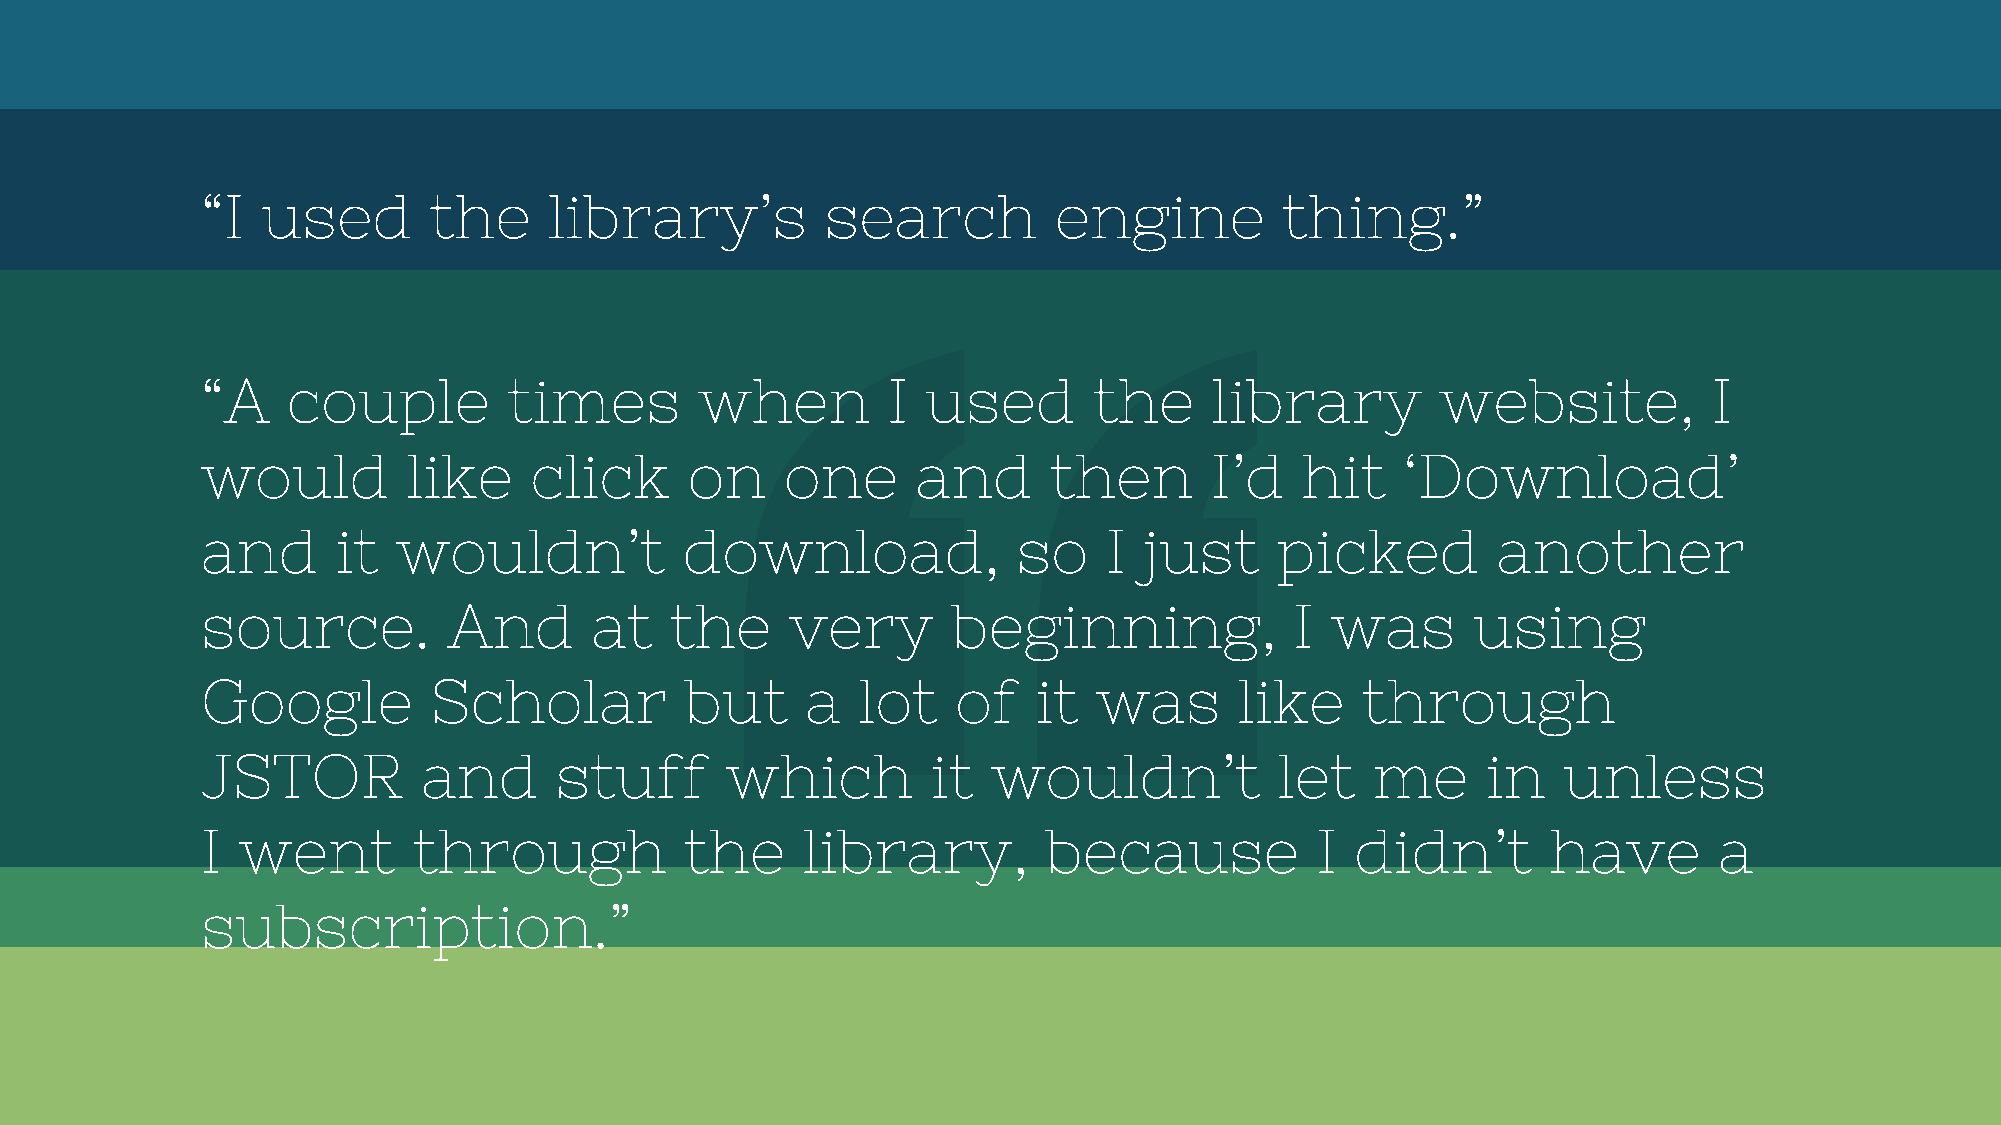
“I  used       the     library’s          search         engine         thing.”
 “A    couple         times       when         I used       the     library        website,          I
 would         like    click     on     one      and     then       I’d   hit    ‘Download’
 and      it  wouldn’t           download,             so    I  just    picked         another
 source.          And      at   the     very       beginning,             I was      using
 Google         Scholar          but     a   lot   of    it  was      like    through
 JSTOR          and      stuff      which         it  wouldn’t           let   me     in   unless
 I  went       through           the     library,        because           I  didn’t       have       a
 subscription.”